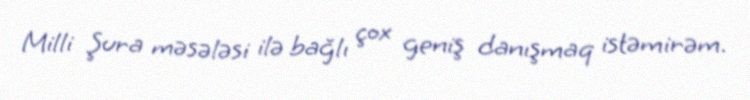
Milli Şura məsələsi ilə bağlı çox geniş danışmaq istəmirəm.